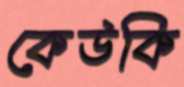
কেউকি